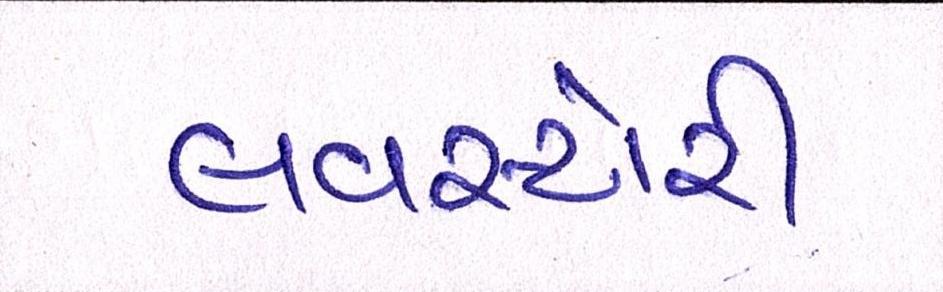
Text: લવસ્ટોરી